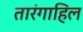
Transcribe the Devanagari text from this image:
तारंगाहिल